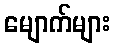
မျောက်များ